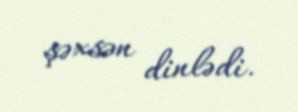
şəxsən dinlədi.